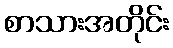
စာသားအတိုင်း